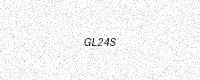
Text: GL24S